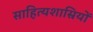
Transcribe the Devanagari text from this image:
साहित्यशास्रियों